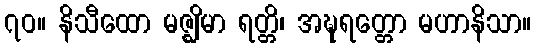
၇၀။ နိသီထော မဇ္ဈိမာ ရတ္တိ၊ အဍ္ဎရတ္တော မဟာနိသာ။